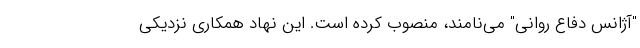
"آژانس دفاع روانی" می‌نامند، منصوب کرده است. این نهاد همکاری نزدیکی